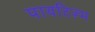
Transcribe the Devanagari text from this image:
पायटिज़्म